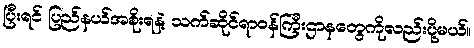
ပြီးရင် ပြည်နယ်အစိုးရနဲ့ သက်ဆိုင်ရာဝန်ကြီးဌာနတွေကိုလည်းပို့မယ်။